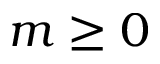
m \ge 0